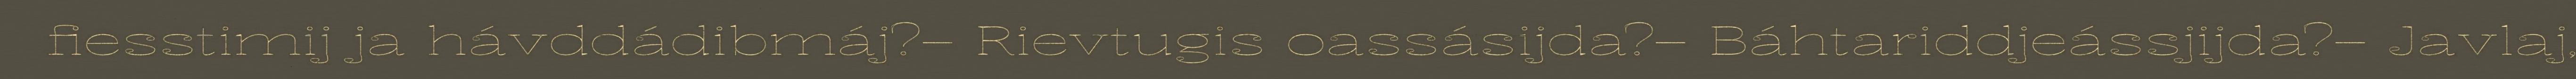
fiesstimij ja hávddádibmáj?– Rievtugis oassásijda?– Báhtariddjeássjijda?– Javlaj,